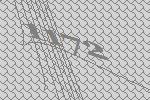
1172